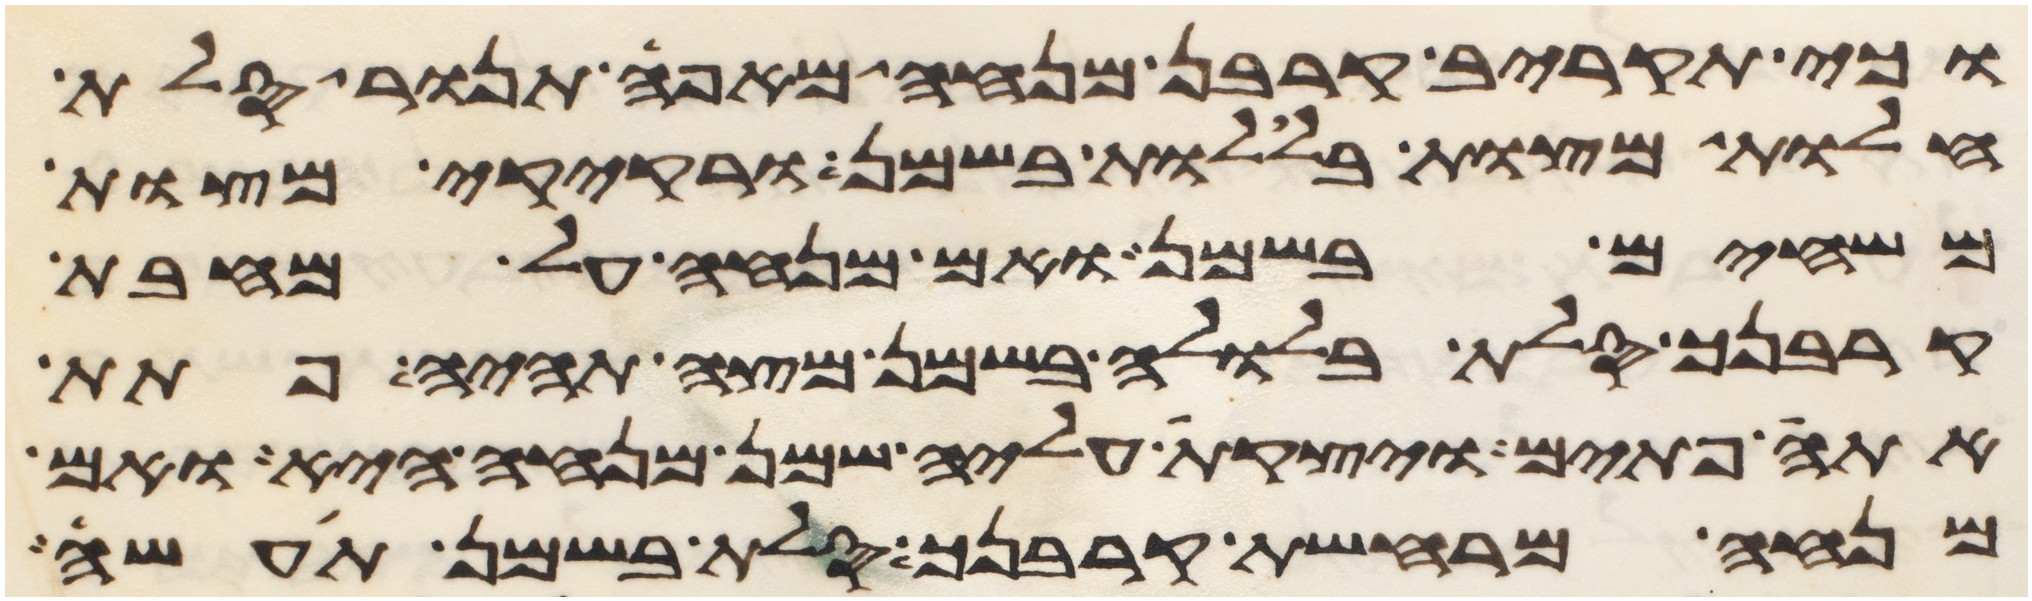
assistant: וכי תקריב קרבן מנחה מאפה תנור סלת
חלות מצות בללות בשמן ורקיקי מצות
משחים בשמן ואם מנחה על מחבת
קרבנך סלת בלולה בשמן מצה תהיה פתת
אתה פתים ויצקת עליה שמן מנחה היא ואם
מנחה מרחשת קרבנך סלת בשמן תעשה